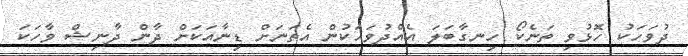
ދުވަހަކު ހޮޅުވި ތަނެކޯ ހިނގާބަލަ އެއްދުވަހަކުން އެތަނަށް ޑިނާއަކަށް ދާން ދާނިޝް ވާހަކަ